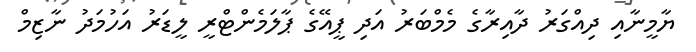
ޔާމީނާއި ދިއްގަރު ދާއިރާގެ މެމްބަރު އަދި ޕީއޭގެ ޕާލަމެންޓްރީ ލީޑަރު އަހުމަދު ނާޒިމް